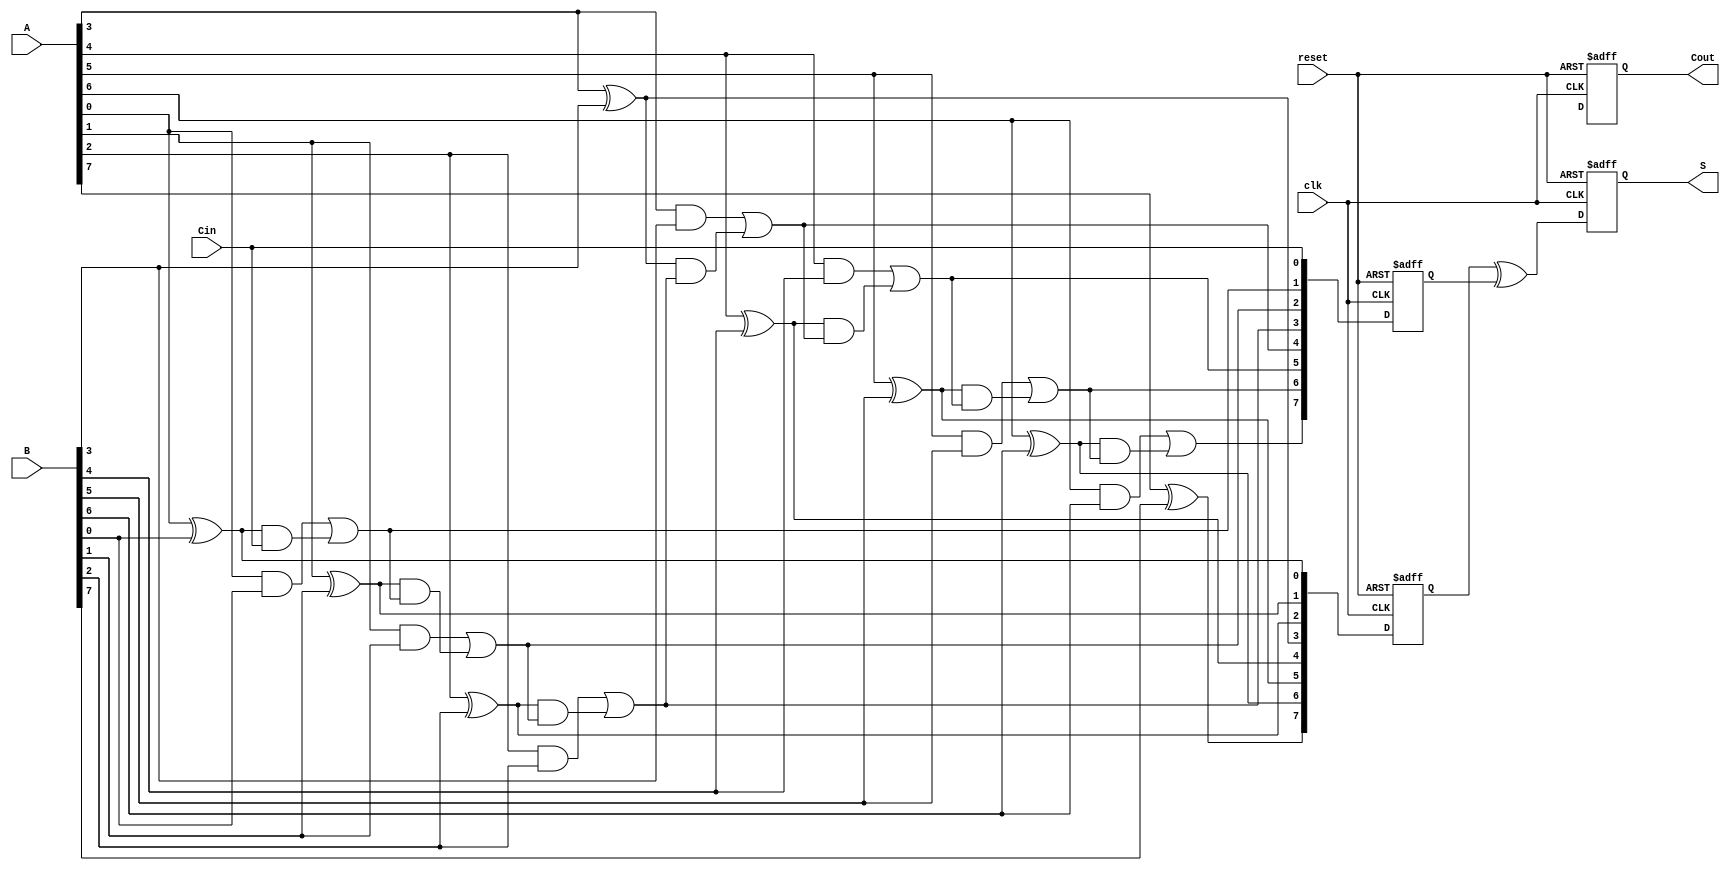
module PipelinedCLA #(parameter N = 8) (
    input  wire [N-1:0] A,       // N-bit input A
    input  wire [N-1:0] B,       // N-bit input B
    input  wire        Cin,       // Carry input
    input  wire        clk,       // Clock signal
    input  wire        reset,     // Reset signal
    output reg  [N-1:0] S,        // N-bit sum output
    output reg          Cout       // Carry output
);

    // Stage 1: Generate (G) and Propagate (P) signals
    wire [N-1:0] G;
    wire [N-1:0] P;

    genvar i;
    generate
        for (i = 0; i < N; i = i + 1) begin : gen_prop
            assign G[i] = A[i] & B[i];          // Generate
            assign P[i] = A[i] ^ B[i];          // Propagate
        end
    endgenerate

    // Intermediate carry signals
    wire [N:0] C; // C[0] = Cin, C[1] to C[n] are the carry outputs

    // Stage 2: Carry lookahead logic
    assign C[0] = Cin;
    generate
        for (i = 1; i <= N; i = i + 1) begin : carry_logic
            assign C[i] = G[i-1] | (P[i-1] & C[i-1]);
        end
    endgenerate

    // Registered outputs for pipelining
    reg [N-1:0] G_reg, P_reg, C_reg;

    // Stage 1: Registers for G and P
    always @(posedge clk or posedge reset) begin
        if (reset) begin
            G_reg <= 0;
            P_reg <= 0;
        end else begin
            G_reg <= G;
            P_reg <= P;
        end
    end

    // Stage 2: Register for C
    always @(posedge clk or posedge reset) begin
        if (reset) begin
            C_reg <= 0;
        end else begin
            C_reg <= C;
        end
    end

    // Stage 3: Calculate final sum
    always @(posedge clk or posedge reset) begin
        if (reset) begin
            S <= 0;
            Cout <= 0;
        end else begin
            Cout <= C_reg[N]; // Final carry-out
            S <= P_reg ^ C_reg[N-1:0]; // Final sum calculation
        end
    end

endmodule